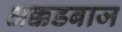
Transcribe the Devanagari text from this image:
अक्कडबाज